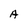
Character: A